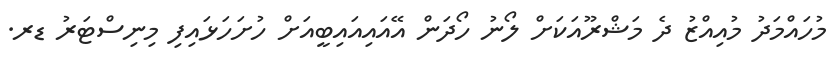
މުހައްމަދު މުއިއްޒު ދެ މަޝްރޫއަކަށް ލޯނު ހޯދަން އޭއައިއައިބީއަށް ހުށަހަޅައިފި މިނިސްޓަރު ޑރ.